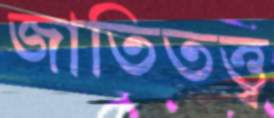
জাতিতত্ত্ব